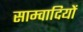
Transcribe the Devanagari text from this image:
साम्वादियों